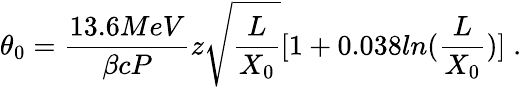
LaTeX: \theta_{0}=\frac{13.6MeV}{\beta cP}z\sqrt{\frac{L}{X_{0}}}[1+0.038ln(\frac{L}{X_{0}})]\; .\,